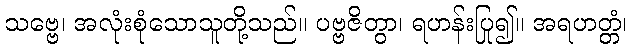
သဗ္ဗေ၊ အလုံးစုံသောသူတို့သည်။ ပဗ္ဗဇိတွာ၊ ရဟန်းပြု၍။ အရဟတ္တံ၊